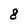
Character: 8